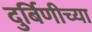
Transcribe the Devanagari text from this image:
दुर्बिणीच्‍या